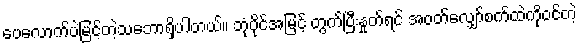
ပေလောက်ပဲမြင့်တဲ့သဘောရှိပါတယ်။ ဘုံပိုင်အမြင့် တွက်ပြီးနှုတ်ရင် အဝတ်လျှော်စက်ထဲကိုဝင်တဲ့